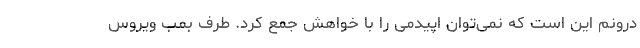
درونم این است که نمی‌توان اپیدمی را با خواهش جمع کرد. طرف بمب ویروس